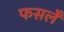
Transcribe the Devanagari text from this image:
फसलेँ